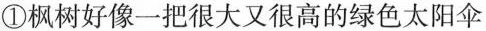
①枫树好像一把很大又很高的绿色太阳伞